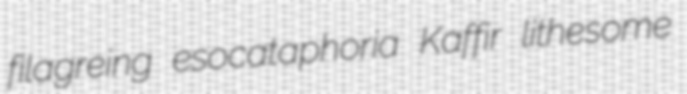
filagreing esocataphoria Kaffir lithesome